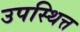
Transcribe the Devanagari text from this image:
उपस्थित्त